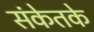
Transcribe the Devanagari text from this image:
संकेतके